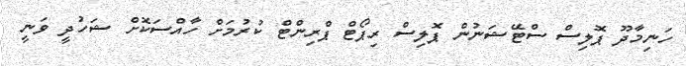
ހަނިމާދޫ ޕޮލިސް ސްޓޭޝަނުން ޕޮލިސް ރިޕޯޓް ޕްރިންޓް ކުރުމަށް ހާއްސަކޮށް ޝަހުދީ ވަނީ